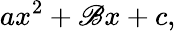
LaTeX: ax^{2}+\mathscr{B}x+c,\,